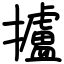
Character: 攎